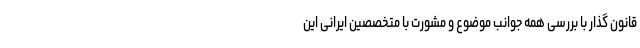
قانون گذار با بررسی همه جوانب موضوع و مشورت با متخصصین ایرانی این